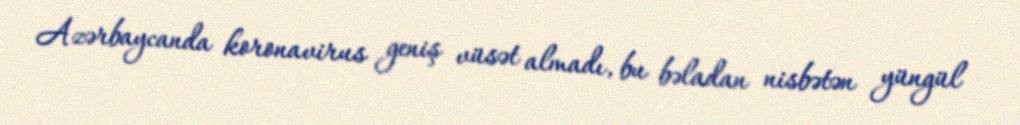
Azərbaycanda koronavirus geniş vüsət almadı, bu bəladan nisbətən yüngül